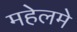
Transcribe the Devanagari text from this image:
महेलमे